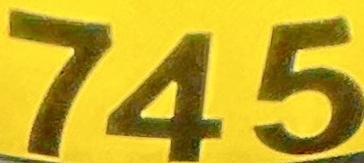
745